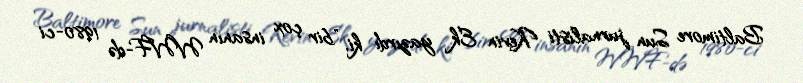
Baltimore Sun jurnalisti Kevin Ek yazırdı ki, "bir çox insanın WWF-də 1980-ci